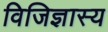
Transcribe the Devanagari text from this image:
विजिज्ञास्य